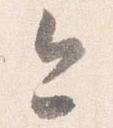
今